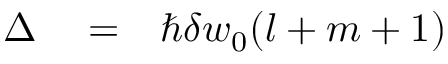
\begin{array} { r l r } { \Delta } & { { } = } & { \hbar \delta w _ { 0 } ( l + m + 1 ) } \end{array}